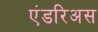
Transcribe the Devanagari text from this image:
एंडरिअस